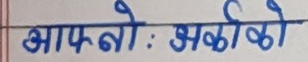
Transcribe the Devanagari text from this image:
आफ्नो: अर्काको